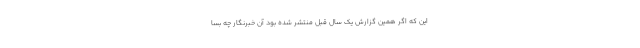
این که اگر همین گزارش یک سال قبل منتشر شده بود آن خبرنگار چه بسا